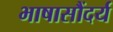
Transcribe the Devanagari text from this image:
भाषासौंदर्य